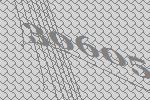
30605